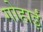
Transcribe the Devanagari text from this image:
गोहार्इं